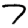
Digit: 7